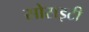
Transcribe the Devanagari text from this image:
सोसइटी